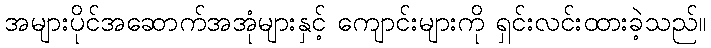
အများပိုင်အဆောက်အအုံများနှင့် ကျောင်းများကို ရှင်းလင်းထားခဲ့သည်။